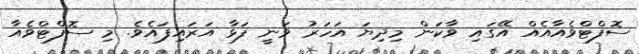
ސޮފްޓްވެއާއެއް އޭގައި ވާކަން މިދިޔަ އަހަރު ވަނީ ފަޅާ އަރައިފައެވެ. މި ސޮފްޓްވެއާ